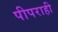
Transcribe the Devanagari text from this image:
पीपराही